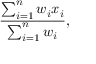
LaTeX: { \frac { \sum _ { i = 1 } ^ { n } w _ { i } { \boldsymbol { x } } _ { i } } { \sum _ { i = 1 } ^ { n } w _ { i } } } ,